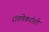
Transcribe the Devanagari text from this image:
रांगणेकरांशी